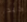
كبد